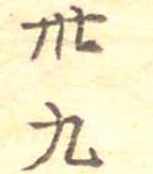
卅九